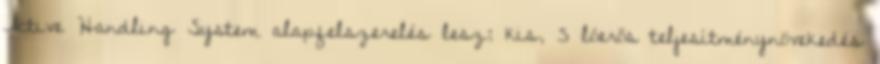
Active Handling System alapfelszerelés lesz; kis, 5 lóerős teljesítménynövekedés